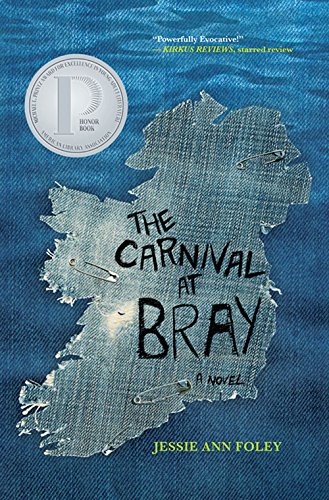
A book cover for The Carnival at Bray; Jessie Ann Foley; Literature & Fiction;